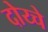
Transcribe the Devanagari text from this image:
दोय्चे